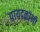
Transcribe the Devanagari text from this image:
पायदळांनी